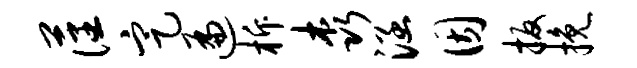
藩定遍柝森涵因扳挽